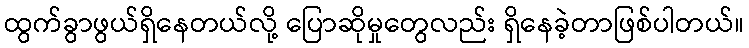
ထွက်ခွာဖွယ်ရှိနေတယ်လို့ ပြောဆိုမှုတွေလည်း ရှိနေခဲ့တာဖြစ်ပါတယ်။